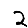
Digit: 2